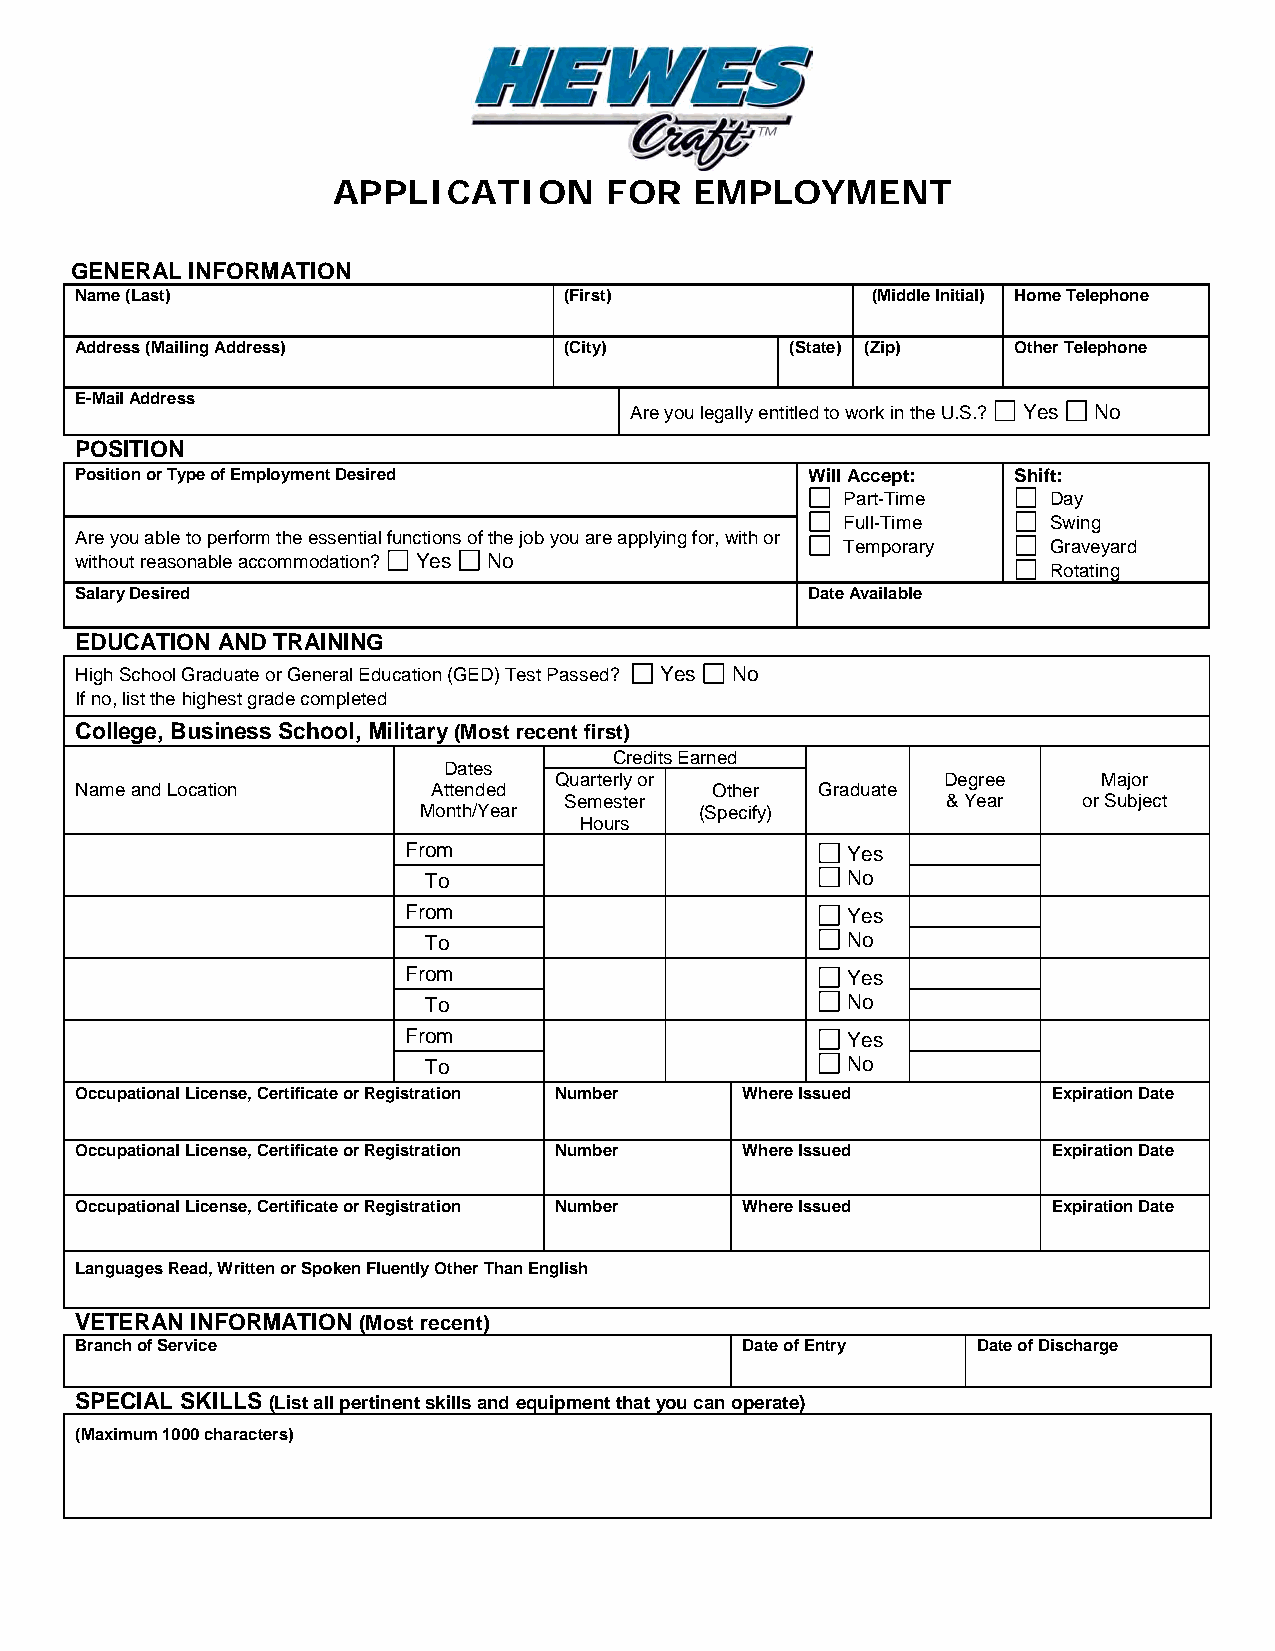
APPLICATION       FOR   EMPLOYMENT
 GENERAL INFORMATION
 Name (Last)                     (First)              (Middle Initial) Home Telephone
 Address (Mailing Address)       (City)         (State) (Zip)  Other Telephone
 E-Mail Address
 Are you legally entitled to work in the U.S.? Yes No
 POSITION
 Position or Type of Employment Desired          Will Accept:  Shift:
 Part-Time     Day
 Full-Time     Swing
 Are you able to perform the essential functions of the job you are applying for, with or
 Temporary     Graveyard
 without reasonable accommodation? Yes No
 Rotating
 Salary Desired                                  Date Available
 EDUCATION AND TRAINING
 High School Graduate or General Education (GED) Test Passed? Yes No
 If no, list the highest grade completed
 College, Business School, Military (Most recent first)
 Credits Earned
 Dates
 Quarterly or             Degree     Major
 Name and Location       Attended          Other  Graduate
 Semester                  & Year   or Subject
 Month/Year        (Specify)
 Hours
 From                         Yes
 To                          No
 From                         Yes
 To                          No
 From                         Yes
 To                          No
 From                         Yes
 To                          No
 Occupational License, Certificate or Registration Number Where Issued Expiration Date
 Occupational License, Certificate or Registration Number Where Issued Expiration Date
 Occupational License, Certificate or Registration Number Where Issued Expiration Date
 Languages Read, Written or Spoken Fluently Other Than English
 VETERAN INFORMATION (Most recent)
 Branch of Service                           Date of Entry   Date of Discharge
 SPECIAL SKILLS (List all pertinent skills and equipment that you can operate)
 (Maximum 1000 characters)